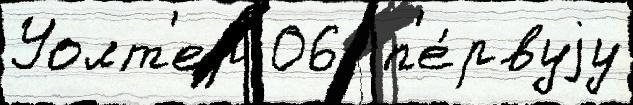
Уолт'ер 06  п'е́рвуjу